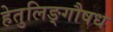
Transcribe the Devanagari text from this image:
हेतुलिङ्गौषध